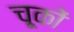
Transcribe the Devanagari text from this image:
चू्कों